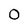
Character: O